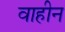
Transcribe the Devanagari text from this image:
वाहीन